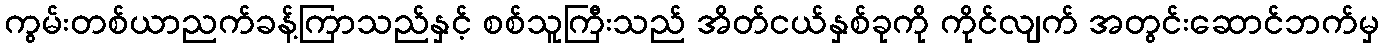
ကွမ်းတစ်ယာညက်ခန့်ကြာသည်နှင့် စစ်သူကြီးသည် အိတ်ငယ်နှစ်ခုကို ကိုင်လျက် အတွင်းဆောင်ဘက်မှ